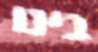
בינו